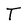
Character: T